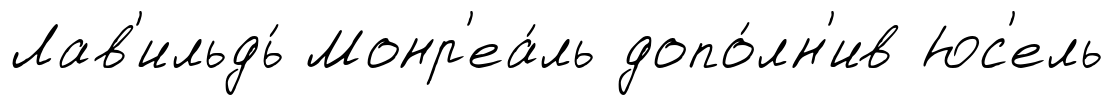
Лав'ильдь́ Монр'еа́ль допо́лн'ив Юс'ель